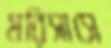
মরিসাসে